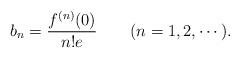
LaTeX: \begin{align*}b_{n}=\frac{f^{(n)}(0)}{n!e}\qquad(n=1,2,\dotsm).\end{align*}